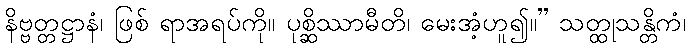
နိဗ္ဗတ္တဋ္ဌာနံ၊ ဖြစ် ရာအရပ်ကို။ ပုစ္ဆိဿာမီတိ၊ မေးအံ့ဟူ၍။” သတ္ထုသန္တိကံ၊